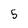
Character: 5